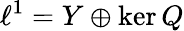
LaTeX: \ell^{1}=Y\oplus\ker Q